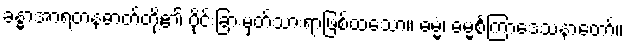
ခန္ဓာအာရတနဓာတ်တို့၏ ပိုင်းခြားမှတ်သားရာဖြစ်ထသော။ ဓမ္မံ၊ ဓမ္မစင်္ကြာဒေသနာတော်။